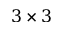
3 \times 3